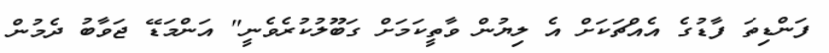
ފަންޑިތަ ފާޑުގެ އެއްޗަކަށް އެ ލިޔުން ވާތީކަމަށް ގަބޫލުކުރެވެނީ" އަންމަޑޭ ޖަވާބު ދެމުން